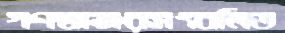
গণস্বাক্ষরসংবলিত